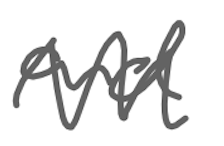
Text: and
Cross-out: zig-zag
Writing tool: digital_gray